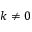
k \neq 0